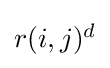
\textstyle r(i,j)^{d}